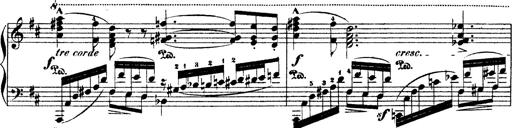
Title: Illustrations de l'opÃ©ra L'Africaine
Composer: Franz Liszt